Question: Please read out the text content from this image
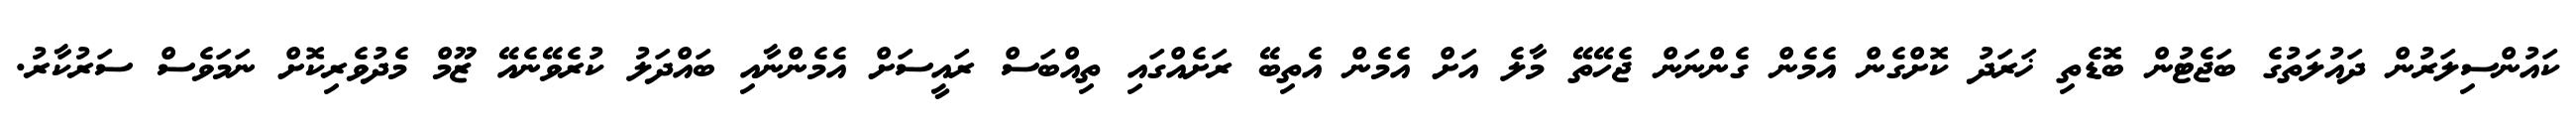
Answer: ކައުންސިލަރުން ދައުލަތުގެ ބަޖެޓުން ބޮޑެތި ޚަރަދު ކޮށްގެން އެމެން ގެންނަން ޖެހޭތޭ މާލެ އަށް އެމެން އެތިބޭ ރަށެއްގައި ތިއްބަސް ރައީސަށް އެމެންނާއި ބައްދަލު ކުރެވޭނެއޭ ޒޫމް މެދުވެރިކޮށް ނަމަވެސް ސަރުކާރު.